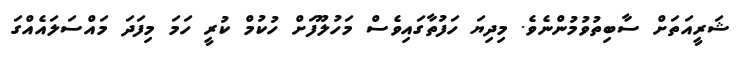
ޝަރީއަތަށް ސާބިތުވުމުންނެވެ. މިދިޔަ ހަފުތާގައިވެސް މަހުލޫފަށް ހުކުމް ކުރީ ހަމަ މިފަދަ މައްސަލައެއްގަ